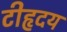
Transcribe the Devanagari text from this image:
टीहृदय